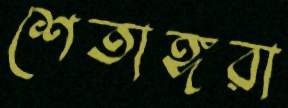
শেতাঙ্গরা